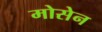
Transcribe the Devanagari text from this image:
मोसेन